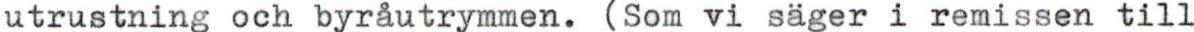
utrustning och byråutrymmen. (Som vi säger i remissen till